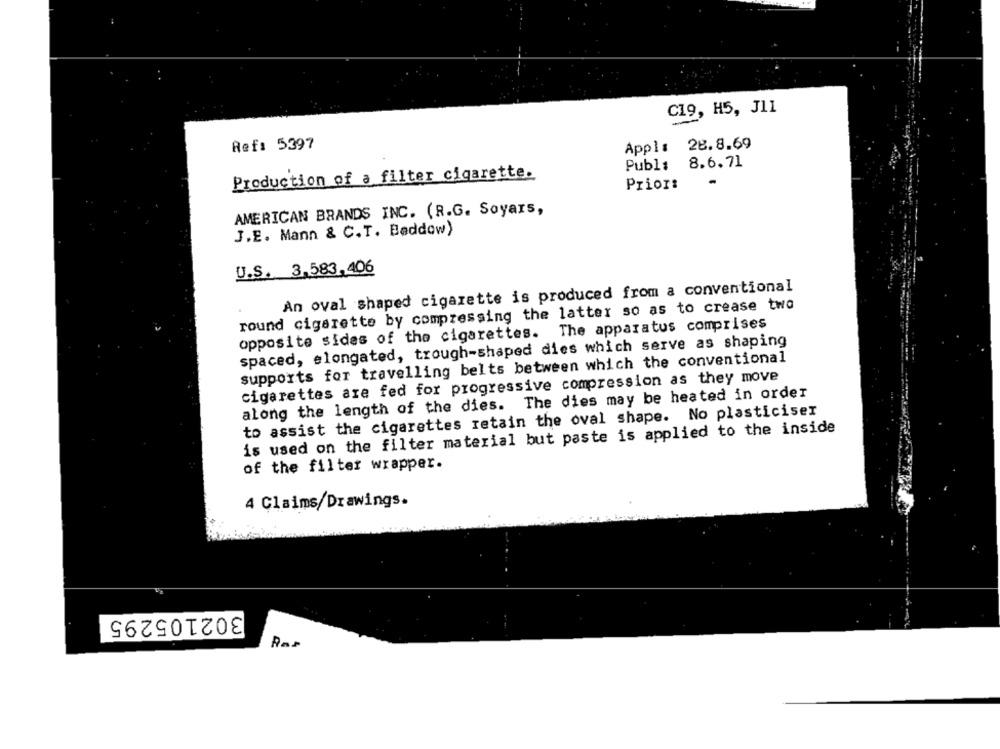
C19, H5, J11
Ref: 5397
Appl: 28.8.69
Publ: 8.6.71
Production of a filter cigarette.
Prior:
AMERICAN BRANDS INC. (R.G. Soyars,
J.E. Mann & C.T. Baddow)
U.S. 3,583,406
An oval shaped cigarette is produced from a conventional
round cigarette by compressing the latter so as to crease two
opposite sides of the cigarettes. The apparatus comprises
spaced, elongated, trough-shaped dies which serve as shaping
supports for travelling belts between which the conventional
cigarettes are fed for progressive compression as they move
along the length of the dies. The dies may be heated in order
to assist the cigarettes retain the oval shape. No plasticiser
is used on the filter material but paste is applied to the inside
of the filter wrapper.
4 Claims/Drawings.
302105295
Rar